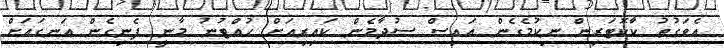
އެވަގުތު ކާކޮޓަރިން ނިކުމެގެން އައިސް ސުދާމެން ކައިރިއަށް ހުއްޓުނު މާނީ ފެނިގެން އަނގައަށް